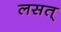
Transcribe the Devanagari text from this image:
लसत्